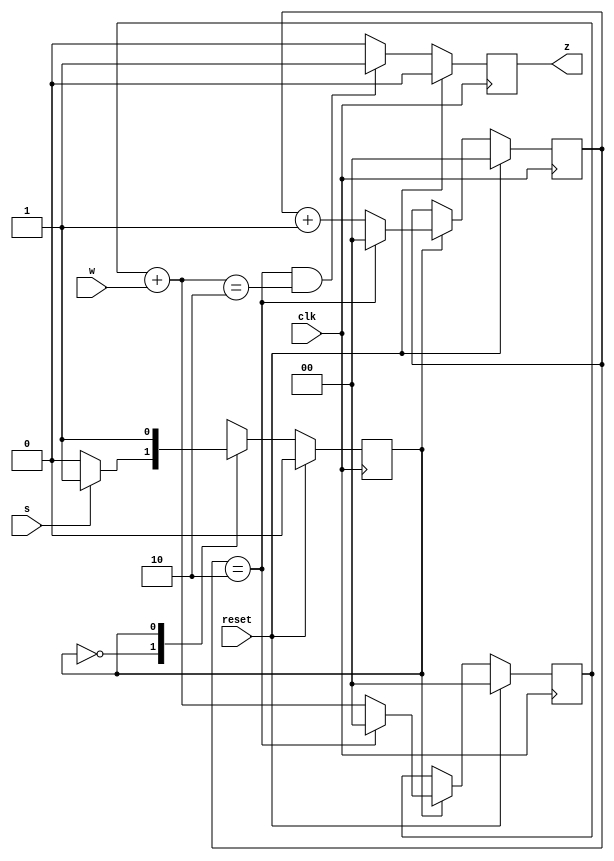
module top_module (
    input clk,
    input reset,   // Synchronous reset
    input s,
    input w,
    output z
);
    
    parameter A = 1'b0;
    parameter B = 1'b1;
    reg state, next_state;
    reg [1:0] count_3;
    reg [1:0] cnt_w;
    
    wire [1:0] next_cnt_w;
    wire count_en;
    
    always @(*) begin
        case (state)
            A: next_state = s? B : A;
            B: next_state = B;
            default: next_state = A;
        endcase
    end
    
    always @(posedge clk) begin
        if (reset)
            state <= A;
        else
            state <= next_state;
    end
    
    assign count_en = state == B;
    
    always @(posedge clk) begin
        if (reset) begin
            count_3 <= 2'd0;
            cnt_w <= 2'd0;
        end
        else if (count_en) begin
            if (count_3==2'd2) begin
            	count_3 <= 2'd0;
            	cnt_w <= 2'd0;
            end
        	else begin
            	count_3 <= count_3 + 1'b1;
                cnt_w <= next_cnt_w;
            end
        end
    end
	
    assign next_cnt_w = cnt_w + w;
    
    always @(posedge clk) begin
        if (reset)
            z <= 1'b0;
        else if (count_3 == 2'd2 & next_cnt_w == 2'd2)
            z <= 1'b1;
        else 
            z <= 1'b0;
    end
            
endmodule